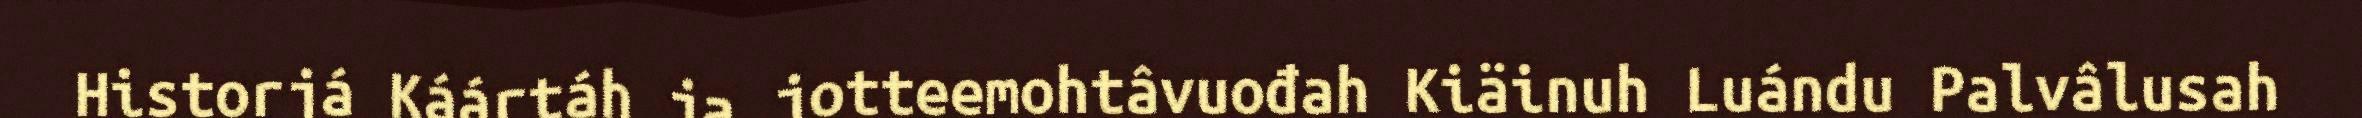
Historjá Káártáh ja jotteemohtâvuođah Kiäinuh Luándu Palvâlusah